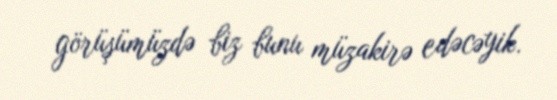
görüşümüzdə biz bunu müzakirə edəcəyik.